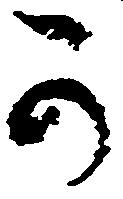
可